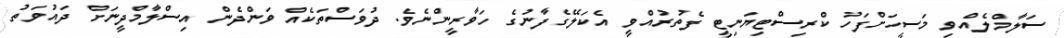
ސަލާމްލެއްވި މަސީހަށްފަހު ކްރިސްޓިޔަނިޓީ ފެތުރުއްވީ އެކަލޭގެފާނުގެ ހަވާރީންނެވެ. ދުވަސްތަކެއް ވަންދެން އިސްލާމްދީނަށް ދައުވަތު